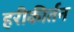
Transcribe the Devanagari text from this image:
हरीकीर्तन